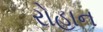
રોહાન